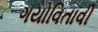
ગયોવિતાવી